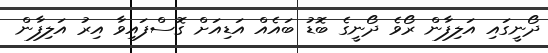
ދޯނީގައި އަލިފާން ރޯވެ ދޯނީގެ ބޮޑު ބައެއް އަޑިއަށް ގޮސްފައިވާ އިރު އަލިފާން